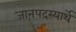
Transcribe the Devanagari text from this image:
जानपदस्यार्थे